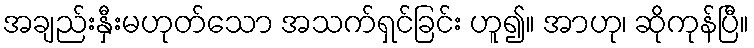
အချည်းနှီးမဟုတ်သော အသက်ရှင်ခြင်း ဟူ၍။ အာဟု၊ ဆိုကုန်ပြီ။